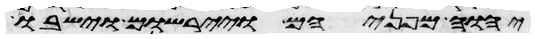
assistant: יהוה מפניהם ויירשום וישבו